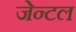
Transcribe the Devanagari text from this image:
जेन्टल